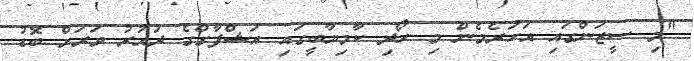
"މި ސީޒަންގައި އަހަރެމެން މި ހޯދި ކާމިޔާބީގައި އަޝްފާގްގެ ދައުރު ވަރަށް ބޮޑު.